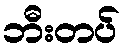
ဘီးတပ်